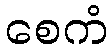
စေကံ